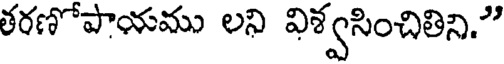
తరణోపాయము లని విశ్వసించితిని."